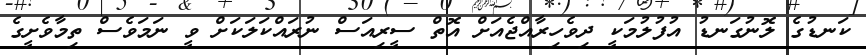
ކަނޑުގެ ލޮނުގަނޑު އުފުލުމަކީ ދިވެހިރާއްޖެއަށް އޮތް ސީރިއަސް ނުރައްކަލަކަށް ވީ ނަމަވެސް ތިމާވެށީގެ